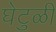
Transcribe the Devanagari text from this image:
घेटुळी